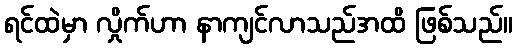
ရင်ထဲမှာ လှိုက်ဟာ နာကျင်လာသည်အထိ ဖြစ်သည်။